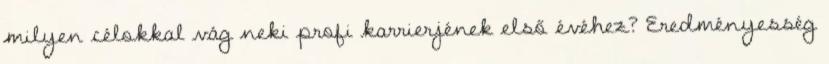
milyen célokkal vág neki profi karrierjének első évéhez? Eredményesség